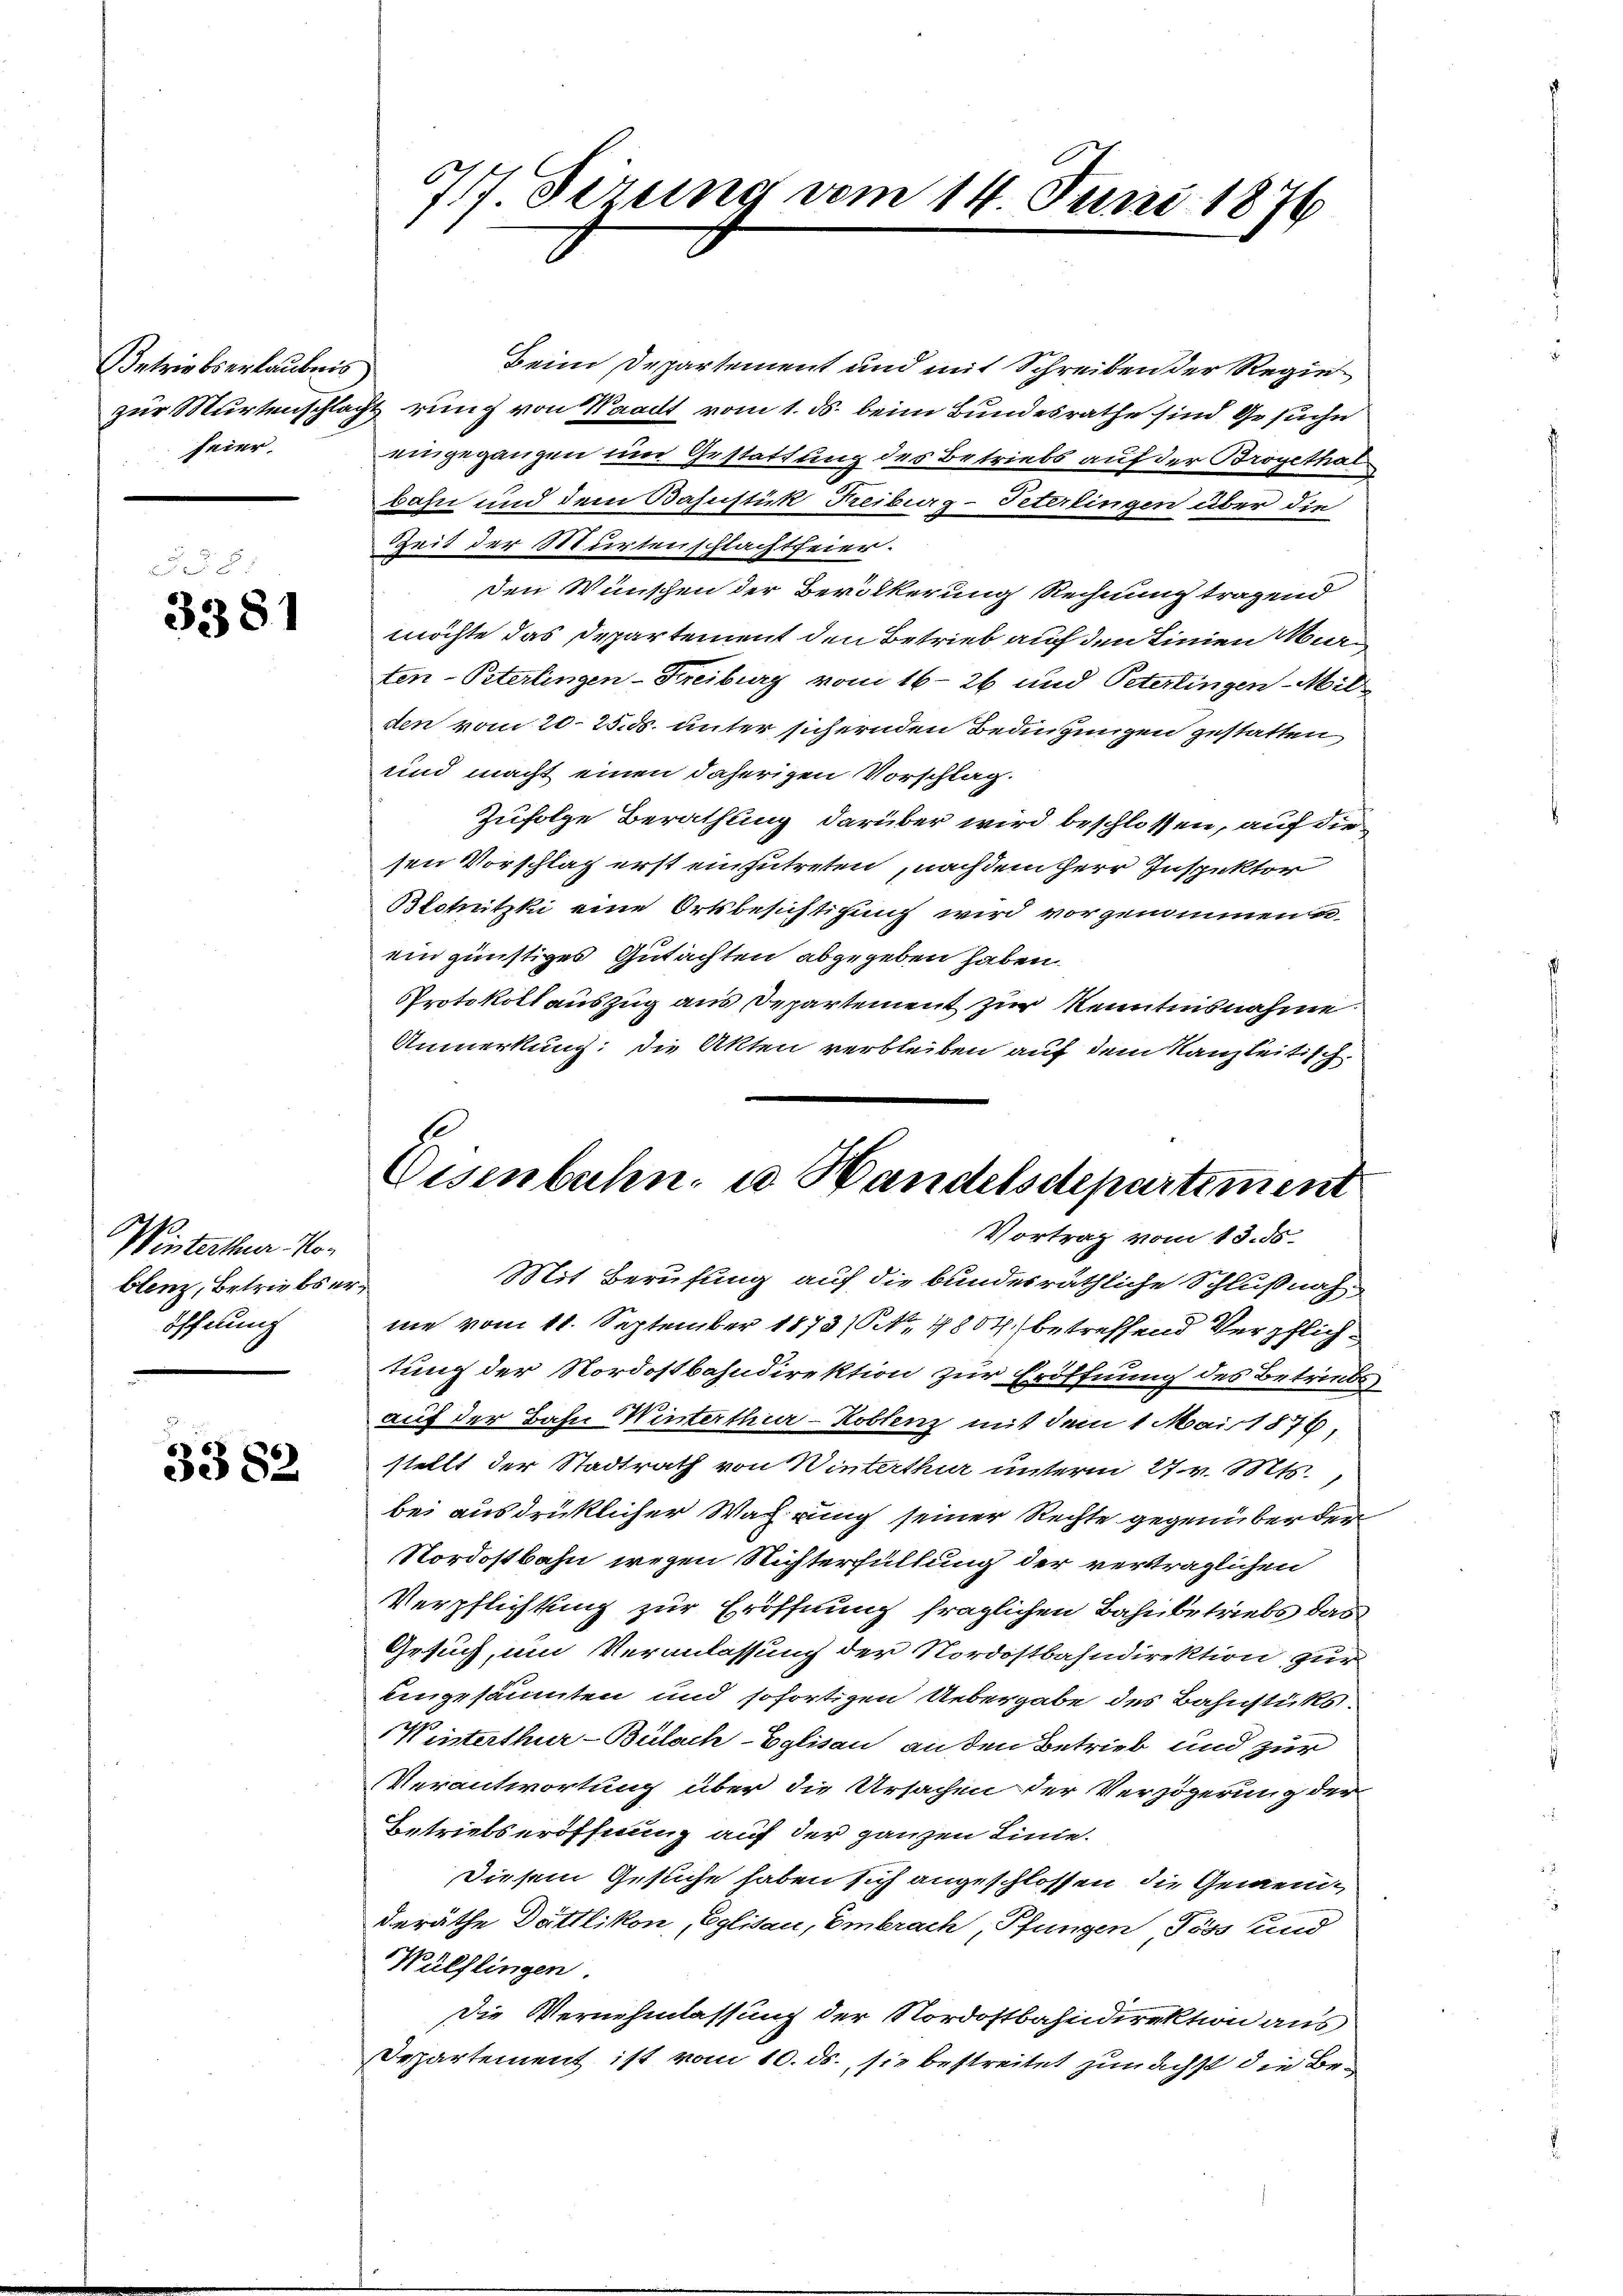
Betriebserlaubnis
feier.

3381

Winterthur Noblenz, Betriebs eröffnung

3382

77 derung vom 14. Juni 1876

Beim Departement und mit Schreiben der Regie
zur Murtenschlagt rung von Waadt vom 1. ds. beim Bundesrathe sind Gesuche
eingegangen und Gestattung des Betriebs auf der Brogethal
bahn und dem Bahnstük Freiburg-Teterlingen über die
Zeit der Murtenschlachtfeier.
den Wünschen der Bevölkerung Rechnung tragend
möchte das Departement den Betrieb auf den Linien Marten-Peterlingen-Freiburg vom 16. 26 und Peterlingen Milden vom 20. 25. ds. unter sichernden Bedingungen gestatten
und macht einen daherigen Vorschlag.
Zufolge Berathung darüber wird beschlossen, auf die
sen Vorschlag erst einzutreten, nach dem Herr Inspektor
Blotnitzki eine Ortsbesichtigung wird vorgenommen e
ein günstiges Gutachten abgegeben haben.
Protokoll auszug aus Departement zur Kenntnisnahme
Anmerkung: die Akten verbleiben auf dem Kanzleitisch.
Mit Berufung auf die bundesräthliche Schlußnah
me vom 11. September 1873/ Otto. 1807. betreffend Verpflichtung der Nordostbahndirektion zur Eröffnung des Betriebs
auf der Bahn Winterthur–Koblenz mit dem 1 Mairt 876,
stellt der Stadtrath von Winterthur unterm 27. v. Mts.
bei ausdrüklicher Wahrung seiner Rechte gegenüber den
Nordostbahn wegen Richterfüllung der verträglichen
Verpflichtung zur Eröffnung fraglichen Bahnbetriebs das
Gesuch, um Veranlassung der Nordostbahndirektion zur
eingesäumten und sofortigen Uebergabe des Bahnstüks.
Winterthur-Bülach-Eglisau an den Betrieb und zur
Verantwortung über die Ursachen der Verzögerung der
Betriebseröffnung auf der ganzen Linie.
Diesem Gesuche haben sich angeschlossen, die Gemeinderäthe Dättlikon, Eglisau, Embrach, Pfungen, Töss und
Wülflingen.
Die Vernehmlassung der Nordostbahndirektion aus
Departement ist vom 10. ds., sie bestreitet zunächst die Be¬

Eisenbahn u Handelsdepartiment
Vortrag vom 13. ds.